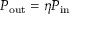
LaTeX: P _ { \mathrm { o u t } } = \eta P _ { \mathrm { i n } }